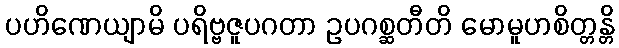
ပဟိဏေယျာမိ ပရိဗ္ဗဇူပဂတာ ဥပဂစ္ဆတီတိ မောမူဟစိတ္တန္တိ